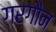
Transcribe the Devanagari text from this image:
गरगौन